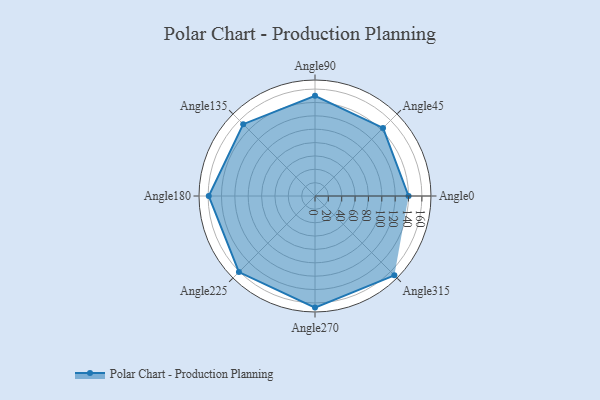
{"axis": {"x": "Angle", "y": "Radius"}, "legend": [""], "data": [{"x": "Angle0", "y": 140.0, "type": ""}, {"x": "Angle45", "y": 144.0, "type": ""}, {"x": "Angle90", "y": 150.0, "type": ""}, {"x": "Angle135", "y": 152.0, "type": ""}, {"x": "Angle180", "y": 159.0, "type": ""}, {"x": "Angle225", "y": 161.0, "type": ""}, {"x": "Angle270", "y": 167.0, "type": ""}, {"x": "Angle315", "y": 168.0, "type": ""}]}